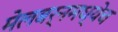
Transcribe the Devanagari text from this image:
मेलबर्नमध्येच